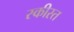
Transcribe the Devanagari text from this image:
स्कीस्त